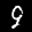
Label: 9